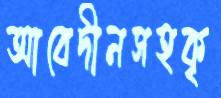
আবেদীনসহকৃ